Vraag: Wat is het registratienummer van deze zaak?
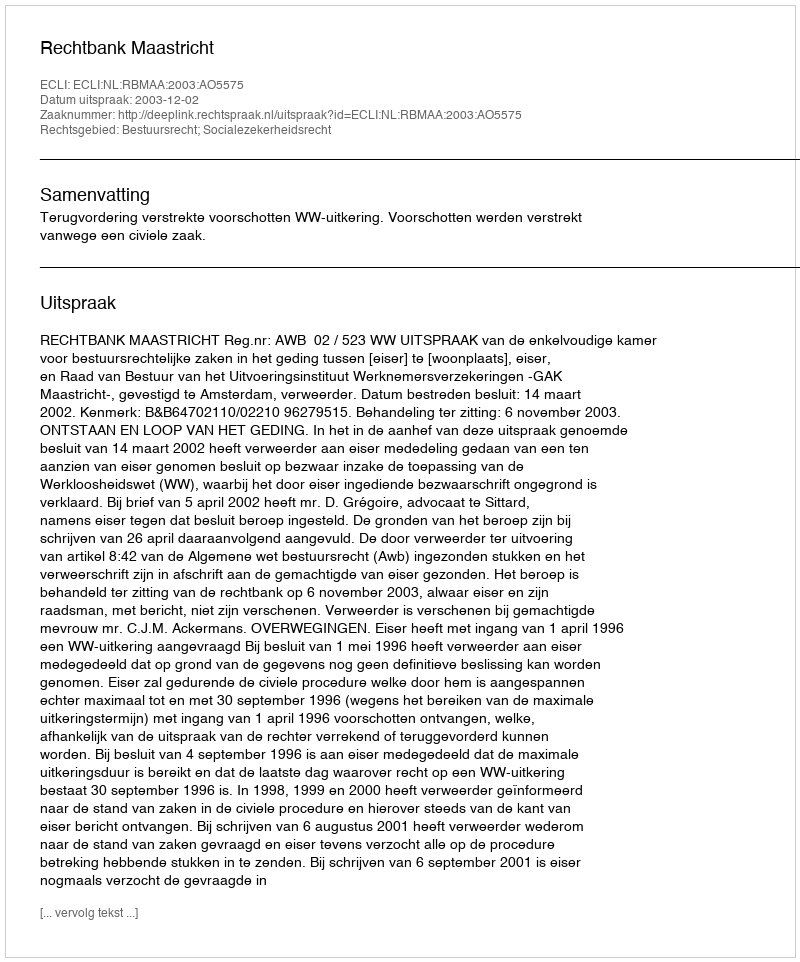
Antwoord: http://deeplink.rechtspraak.nl/uitspraak?id=ECLI:NL:RBMAA:2003:AO5575